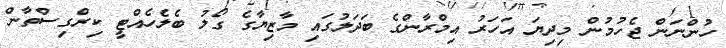
ހުންނަން ޖެހުމުން މިދިޔަ އަހަރު އިމްރާންގެ ބަދަލުގައި މާޒިޔާގެ ގޯލު ބެލެހެއްޓީ ކިރްގިސްތާން